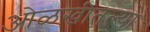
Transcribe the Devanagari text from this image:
ओळखीतल्या